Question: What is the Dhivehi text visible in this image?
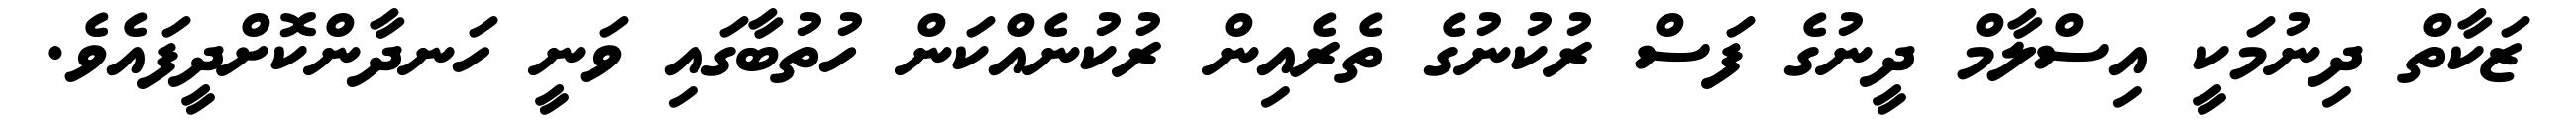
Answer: ޒަކާތް ދިނުމަކީ އިސްލާމް ދީނުގެ ފަސް ރުކުނުގެ ތެރެއިން ރުކުނެއްކަން ހުތުބާގައި ވަނީ ހަނދާންކޮށްދީފައެވެ.